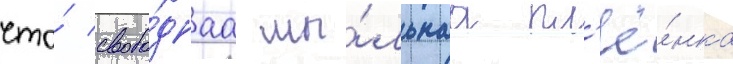
что́ свобо́днаа мы́льнаа пл'ё́нка